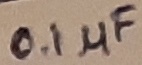
Text: 0.1µF